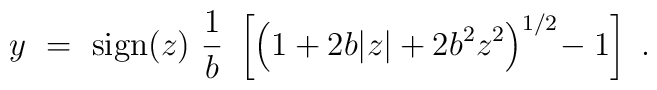
y~ = ~{\rm sign}(z)~ \frac{1}{b}~ \left [\left(1+2b|z|+2b^2z^2\right)^{1/2}\!-1\right ]~.